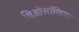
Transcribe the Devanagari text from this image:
थिऑसॉफिस्ट